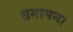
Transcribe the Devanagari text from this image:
समापन।